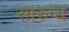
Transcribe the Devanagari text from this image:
सारुप्य